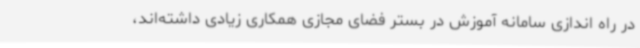
در راه اندازی سامانه آموزش در بستر فضای مجازی همکاری زیادی داشته‌اند،